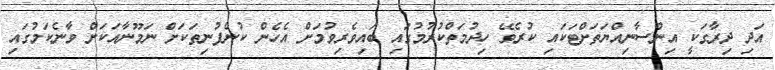
އަދި ދިރާގަކީ އިންސާނިއްޔަތަށްޓަކައި ކުރެވޭ ހިދުމަތްކުރުމުގައި ބައިވެރިވުމަށް އެހެން ކުންފުނިތަކަށް ނަމޫނާއަކަށް ވާނެކަމުގައި